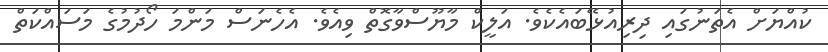
ކުއްޔަށް އެތަނުގައި ދިރިއުޅޭބައެކެވެ. އަލީކް މާޔޫސްވާގޮތް ވިއެވެ. އެހެނަސް މަންމަ ހޯދުމުގެ މަސައްކަތް